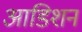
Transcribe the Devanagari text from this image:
आडिशन